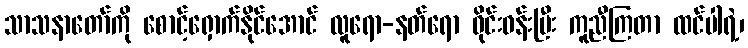
သာသနာတော်ကို စောင့်ရှောက်နိုင်အောင် လူရော-နတ်ရော ဝိုင်းဝန်းပြီး ကူညီကြတာ ထင်ပါရဲ့၊